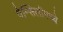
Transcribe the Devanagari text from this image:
पेन्सिलीमध्ये